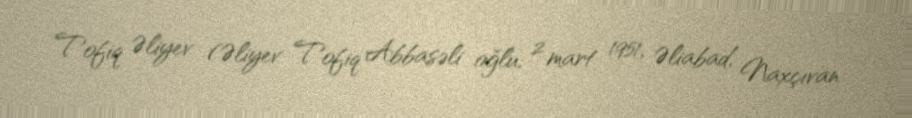
Tofiq Əliyev (Əliyev Tofiq Abbasəli oğlu; 2 mart 1951, Əliabad, Naxçıvan